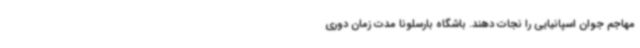
مهاجم جوان اسپانیایی را نجات دهند. باشگاه بارسلونا مدت زمان دوری